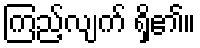
ကြည့်လျက် ရှိ၏။